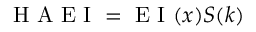
\mathrm { ~ H ~ A ~ E ~ I ~ } = \mathrm { ~ E ~ I ~ } ( \boldsymbol { x } ) S ( k )